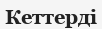
Кеттерді